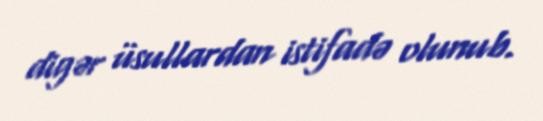
digər üsullardan istifadə olunub.